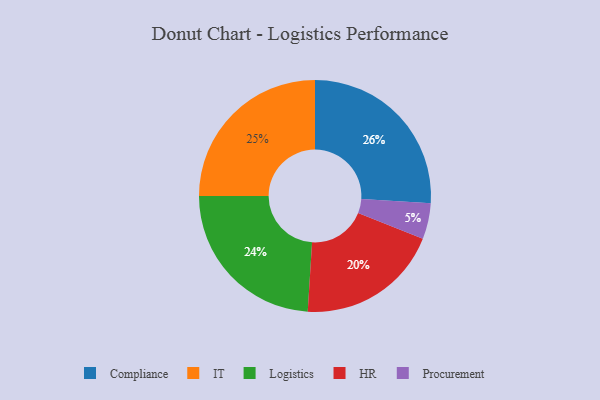
{"axis": {"x": "Category", "y": "Percentage"}, "legend": ["Compliance", "HR", "IT", "Logistics", "Procurement"], "data": [{"x": "Compliance", "y": 26, "type": "Compliance"}, {"x": "IT", "y": 25, "type": "IT"}, {"x": "HR", "y": 20, "type": "HR"}, {"x": "Procurement", "y": 5, "type": "Procurement"}, {"x": "Logistics", "y": 24, "type": "Logistics"}]}